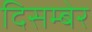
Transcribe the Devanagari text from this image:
दिसम्बेर